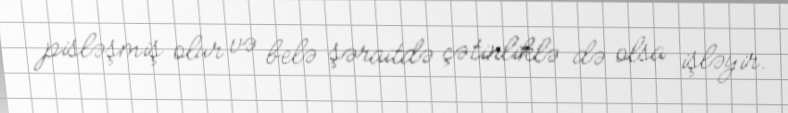
pisləşmiş olur və belə şəraitdə çətinliklə də olsa işləyir.